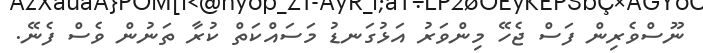
ނޫސްވެރިން ފަސް ޖެހޭ މިންވަރު އަޅުގަނޑު މަސައްކަތް ކުރާ ތަނުން ވެސް ފެނޭ.